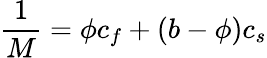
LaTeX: \frac{1}{M}=\phi c_{f}+(b-\phi)c_{s}